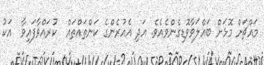
މައްޗަށް މޮޅަށް ބައްލަވާވޮޑިގެންވެއެވެ. އަދި އެއުރެންގެ ކަންތައްތައް  ކުރައްވާފައިވާ  އަކު